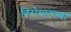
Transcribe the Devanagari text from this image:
विरोधातल्या